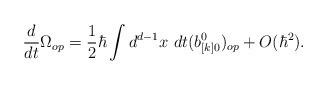
LaTeX: \begin{align*}{d\over dt} \Omega_{op} = {1\over 2}\hbar \int d^{d-1}x\ dt(b_{[k]0}^0)_{op}+O(\hbar^2).\end{align*}